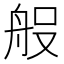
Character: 𮎆